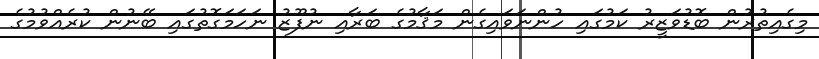
މިގެއިތުރުން ބޮޑުވަޒީރު ކަމުގައި ހުންނަވައިގެން މަޤާމުގެ ބަރާއި ނުފޫޒު ނަހަމަގޮތުގައި ބޭނުން ކުރެއްވުމުގެ